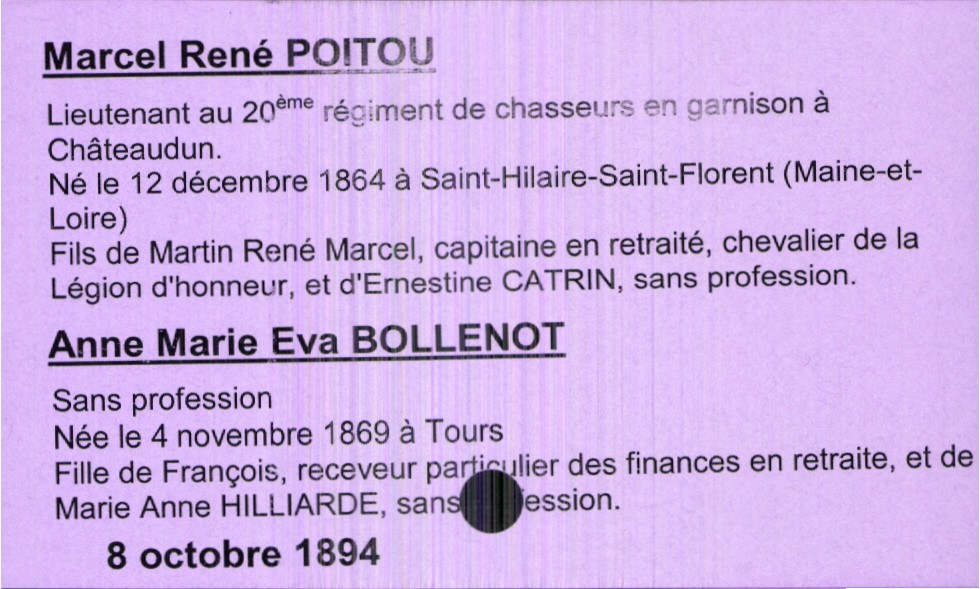
type_acte: Mariage
année: 1894
mois: octobre
jour: 8
marié_nom: Poitou
marié_prénom: Marcel René
marié_profession: lieutenant au 20ème régiment de chasseurs en garnison à Châteaudun
marié_date_de_naissance: 12 décembre 1864
marié_lieu_de_naissance: Saint-Hilaire-Saint-Florent (Maine-et-Loire)
père_marié_nom: Poitou
père_marié_prénom: Martin René Marcel
père_marié_profession: capitaine en retraite, chevalier de la légion d'honneur
mère_marié_nom: Catrin
mère_marié_prénom: Ernestine
mère_marié_profession: sans profession
mariée_nom: Bollenot
mariée_prénom: Anne Marie Eva
mariée_profession: sans profession
mariée_date_de_naissance: 4 novembre 1869
mariée_lieu_de_naissance: Tours
père_mariée_nom: Bollenot
père_mariée_prénom: François
père_mariée_profession: receveur particulier des finances en retraite
mère_mariée_nom: Hilliarde
mère_mariée_prénom: Marie Anne
mère_mariée_profession: sans profession